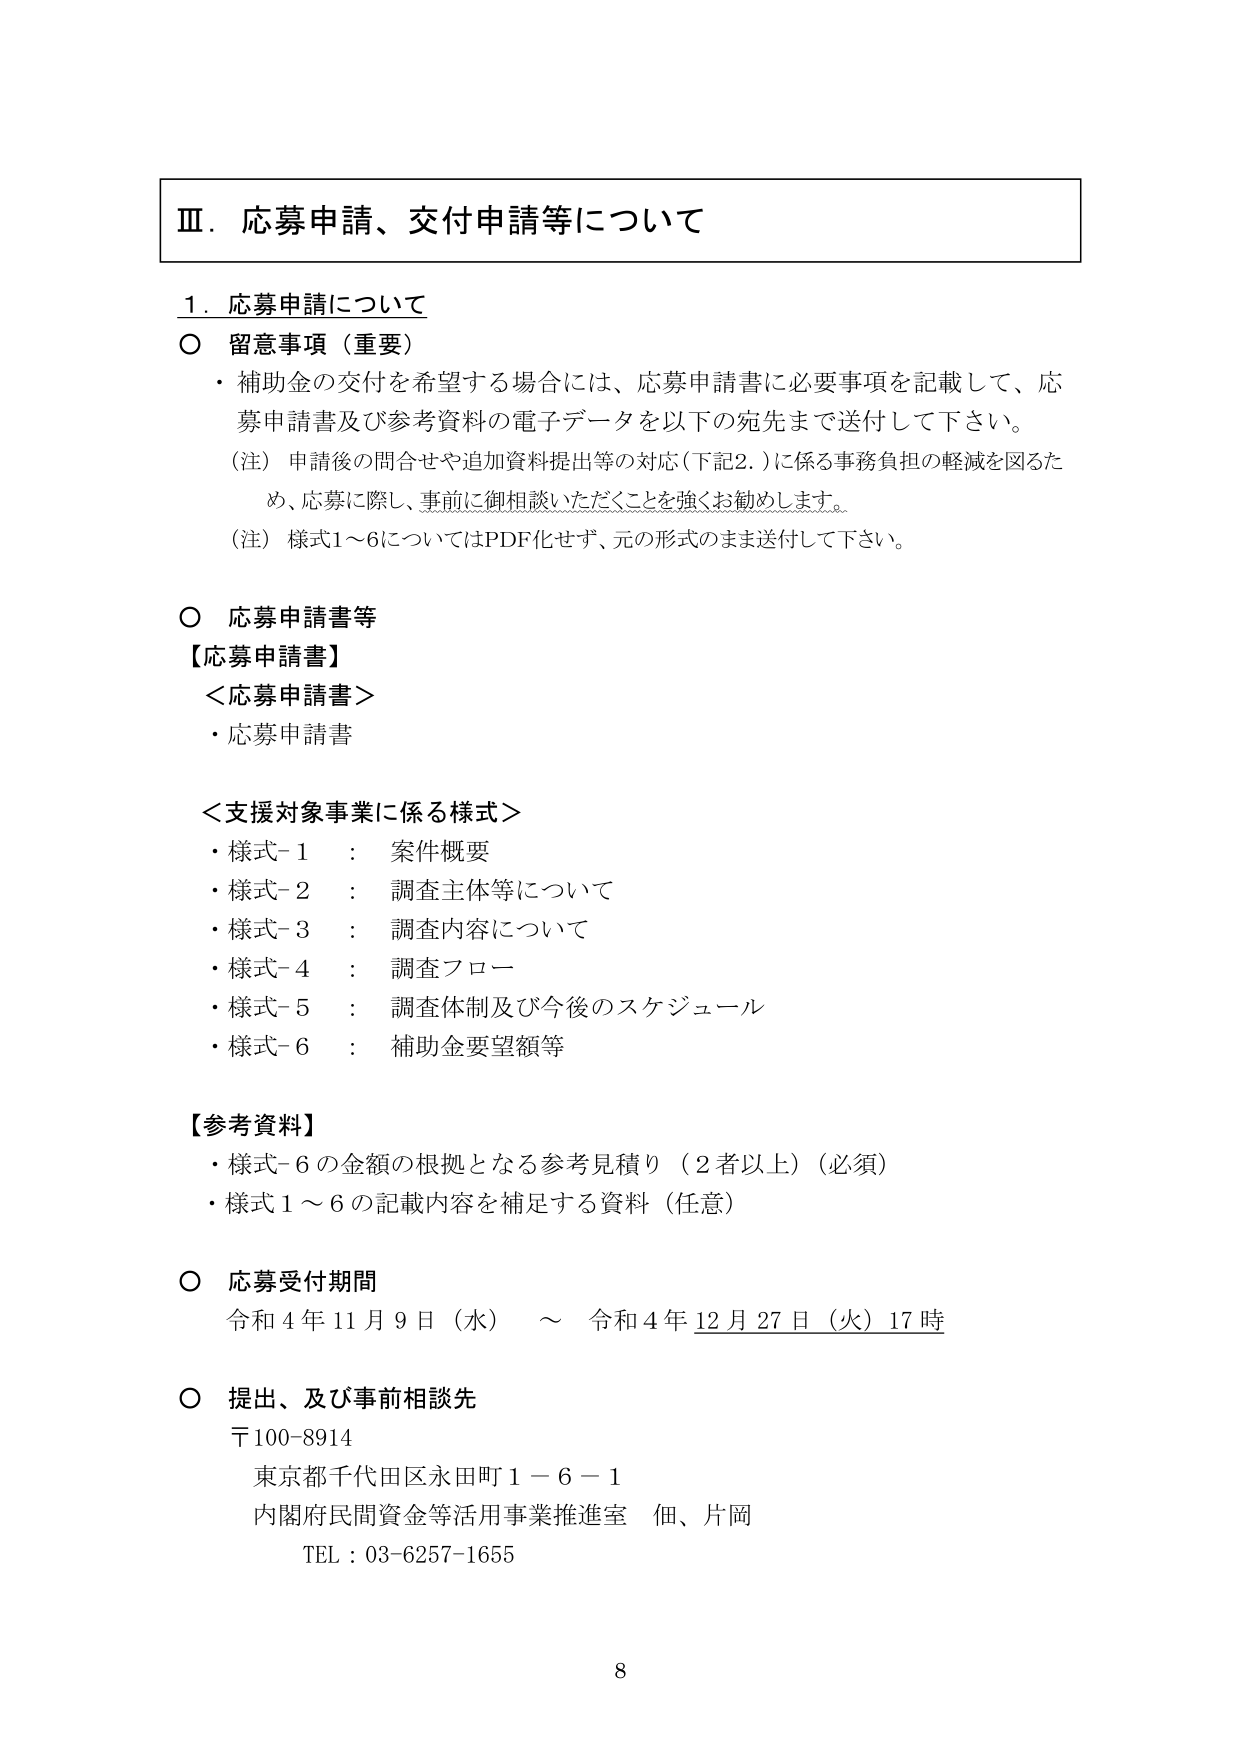
Ⅲ．応募申請、交付申請等について

1．応募申請について

○ 留意事項（重要）
・補助金の交付を希望する場合には、応募申請書に必要事項を記載して、応募申請書及び参考資料の電子データを以下の宛先まで送付して下さい。
（注）申請後の問合せや追加資料提出等の対応（下記2．）に係る事務負担の軽減を図るため、応募に際し、事前に御相談いただくことを強くお勧めします。
（注）様式1～6についてはPDF化せず、元の形式のまま送付して下さい。

○ 応募申請書等
【応募申請書】
＜応募申請書＞
・応募申請書

＜支援対象事業に係る様式＞
・様式-1 ： 案件概要
・様式-2 ： 調査主体等について
・様式-3 ： 調査内容について
・様式-4 ： 調査フロー
・様式-5 ： 調査体制及び今後のスケジュール
・様式-6 ： 補助金要望額等

【参考資料】
・様式-6の金額の根拠となる参考見積り（2者以上）（必須）
・様式1～6の記載内容を補足する資料（任意）

○ 応募受付期間
令和4年11月9日（水） ～ 令和4年12月27日（火）17時

○ 提出、及び事前相談先
〒100-8914
東京都千代田区永田町1－6－1
内閣府民間資金等活用事業推進室 佃、片岡
TEL：03-6257-1655

8